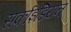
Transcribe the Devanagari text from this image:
सर्काइडियन